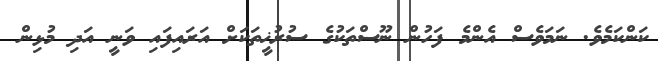
ކަންކަމެވެ. ނަމަވެސް އެންމެ ފަހުން ނޫސްތަކުގެ ސުރުޚީތަކަށް އަރައިފައި ވަނީ އަދި މުޅިން